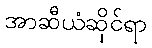
အာဆီယံဆိုင်ရာ